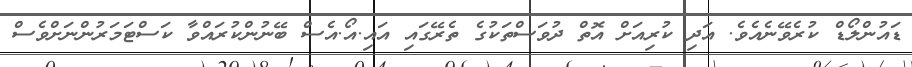
ޑައުންލޯޑް ކުރެވޭނެއެވެ. އަދި ކުރިއަށް އޮތް ދުވަސްތަކުގެ ތެރޭގައި އައި.އޯ.އެސް ބޭނުންކުރައްވާ ކަސްޓަމަރުންނަށްވެސް